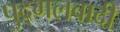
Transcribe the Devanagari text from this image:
पुद्गलवादी